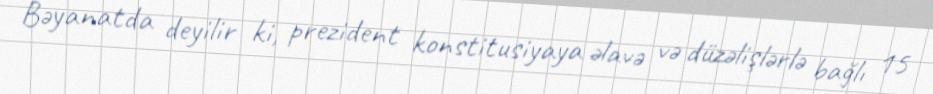
Bəyanatda deyilir ki, prezident konstitusiyaya əlavə və düzəlişlərlə bağlı 15